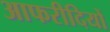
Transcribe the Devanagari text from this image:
आफरीदियों